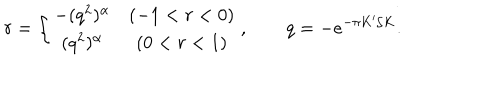
r = \left\{ \begin{array} { c c } { { - ( q ^ { 2 } ) ^ { \alpha } } } & { { ( - 1 < r < 0 ) } } \\ { { ( q ^ { 2 } ) ^ { \alpha } } } & { { ( 0 < r < 1 ) } } \\ \end{array} \right. , \qquad q = - e ^ { - \pi K ^ { \prime } / K } .